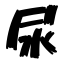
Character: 尿